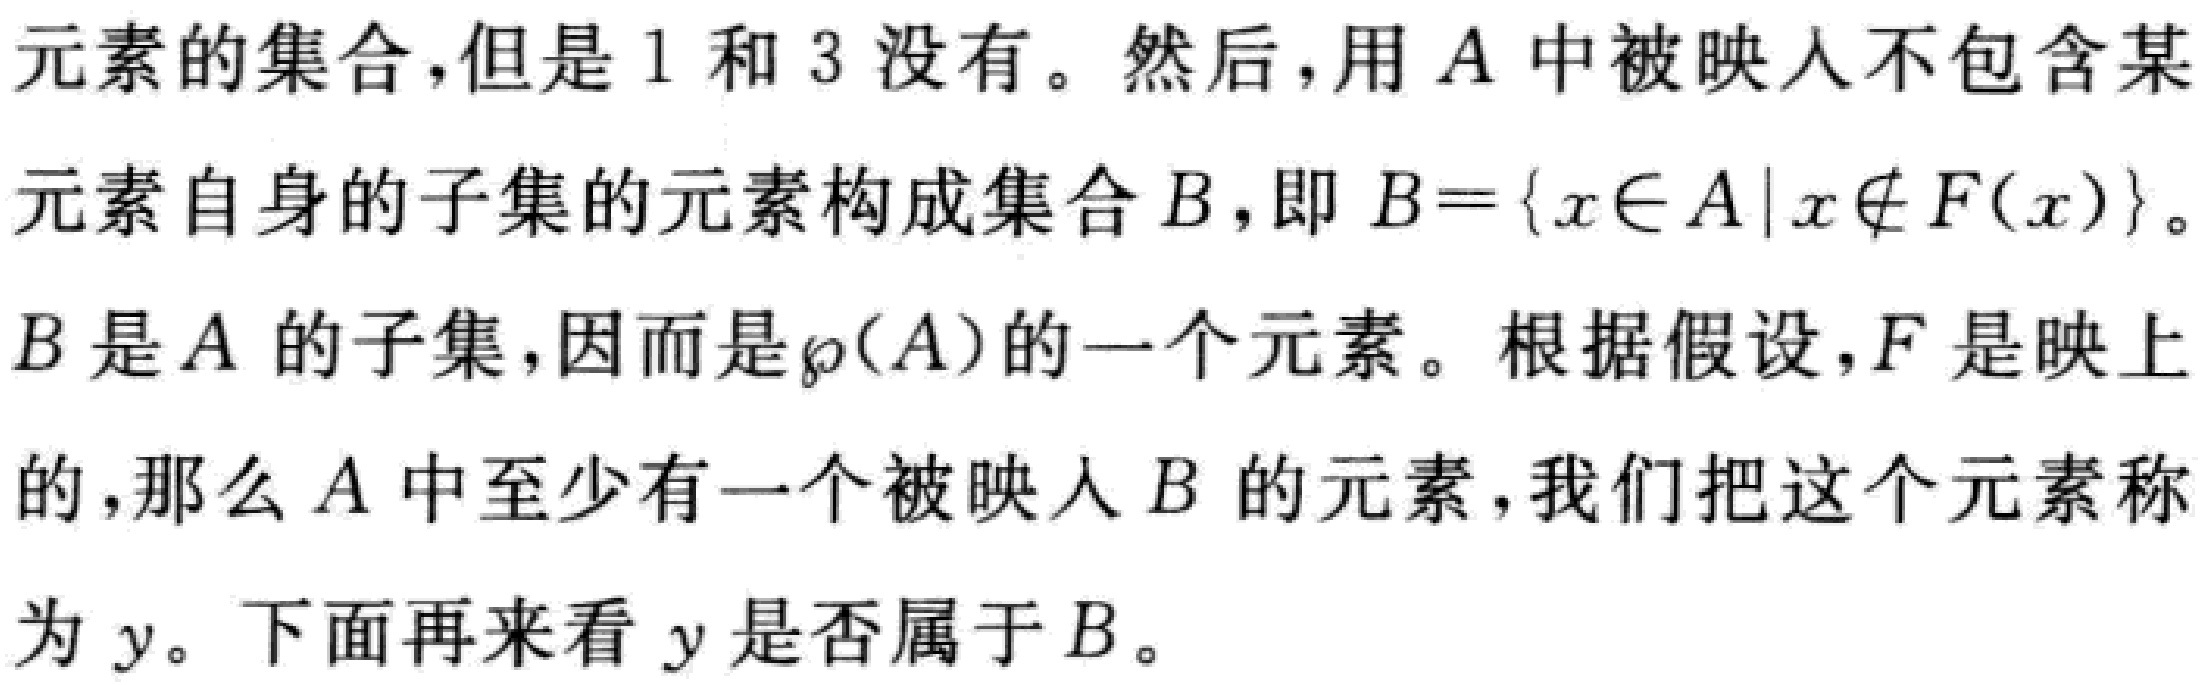
元素的集合，但是 1 和 3 没有。然后，用 \(A\) 中被映入不包含某元素自身的子集的元素构成集合 \(B\)，即 \(B = \{x\in A|x\notin F(x)\}\)。

\(B\) 是 \(A\) 的子集，因而是 \(\wp(A)\) 的一个元素。根据假设，\(F\) 是映上的，那么 \(A\) 中至少有一个被映入 \(B\) 的元素，我们把这个元素称为 \(y\)。下面再来看 \(y\) 是否属于 \(B\)。